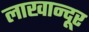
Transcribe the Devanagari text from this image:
लाखान्दूर